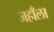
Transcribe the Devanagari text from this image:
जहाँला